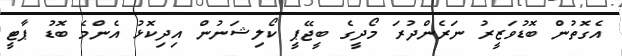
އެގޮތުން ބޮޑުވަޒީރު ނަރެންދުރަ މޯދީގެ ބީޖޭޕީ ކޯލިޝަނުން އިދިކޮޅު އެންމެ ބޮޑު ޕާޓީ